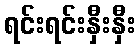
ရင်းရင်းနှီးနှီး